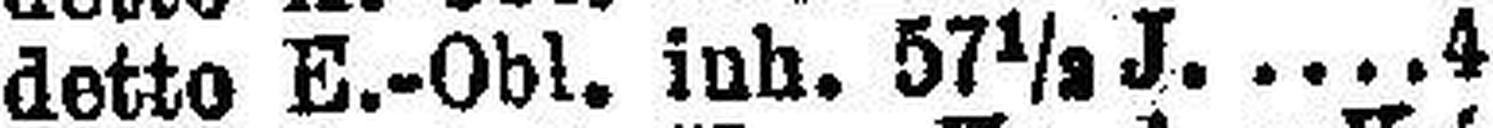
detto E.-Obl. inh. 57½ J 4